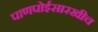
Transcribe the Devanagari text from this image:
पाणपोईसारखीच